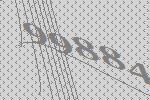
99884